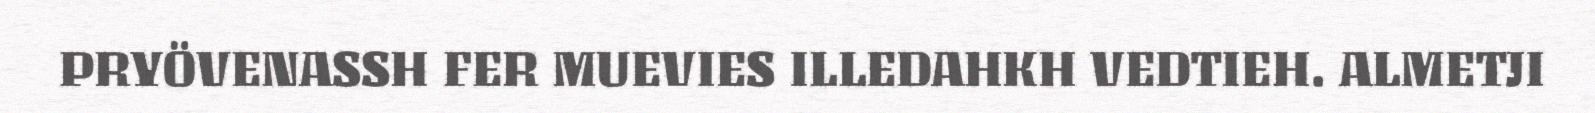
PRYÖVENASSH FER MUEVIES ILLEDAHKH VEDTIEH. ALMETJI